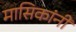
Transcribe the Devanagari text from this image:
मासिकांनी